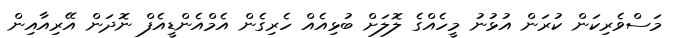
މަސްވެރިކަން ކުރަން އުޅުނު މީހެއްގެ ލޮލަށް ބުޅިއެއް ހެރިގެން އެމްއެންޑީއެފް ނޮދަން އޭރިއާއިން